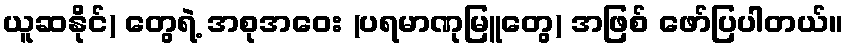
ယူဆနိုင်) တွေရဲ့ အစုအဝေး (ပရမာဏုမြူတွေ) အဖြစ် ဖော်ပြပါတယ်။